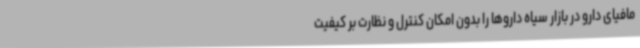
مافیای دارو در بازار سیاه داروها را بدون امکان کنترل و نظارت بر کیفیت